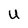
Character: U